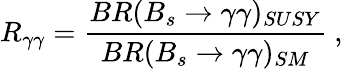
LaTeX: R_{\gamma\gamma}=\frac{BR(B_{s}\to\gamma\gamma)_{SUSY}}{BR(B_{s}\to\gamma\gamma)_{SM}}\ ,